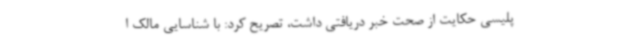
پلیسی حکایت از صحت خبر دریافتی داشت، تصریح کرد: با شناسایی مالک ا